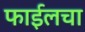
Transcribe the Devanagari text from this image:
फाईलचा